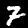
Label: 7